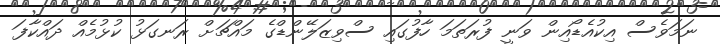
ނަމަވެސް އިކުއެޑޯއިން ވަނީ ފުރަތަމަ ހާފުގައި ސްވިޒަލޭންޑްގެ މައްޗަށް ރަނގަޅު ކުޅުމެއް ދައްކާފަ